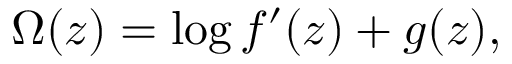
\Omega ( z ) = \log f ^ { \prime } ( z ) + g ( z ) ,